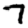
Digit: 7